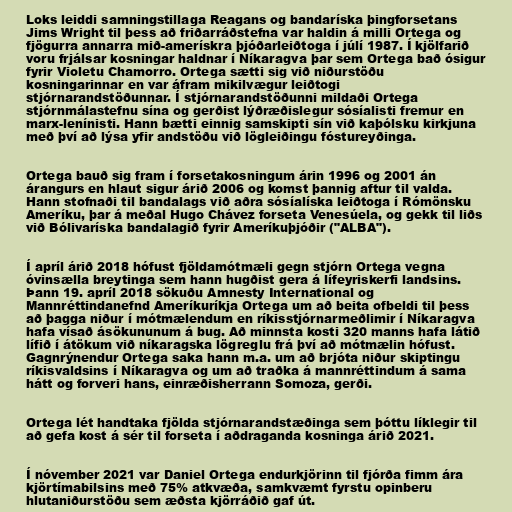
Loks leiddi samningstillaga Reagans og bandaríska þingforsetans
Jims Wright til þess að friðarráðstefna var haldin á milli Ortega og
fjögurra annarra mið-amerískra þjóðarleiðtoga í júlí 1987. Í kjölfarið
voru frjálsar kosningar haldnar í Níkaragva þar sem Ortega bað ósigur
fyrir Violetu Chamorro. Ortega sætti sig við niðurstöðu
kosningarinnar en var áfram mikilvægur leiðtogi
stjórnarandstöðunnar. Í stjórnarandstöðunni mildaði Ortega
stjórnmálastefnu sína og gerðist lýðræðislegur sósíalisti fremur en
marx-lenínisti. Hann bætti einnig samskipti sín við kaþólsku kirkjuna
með því að lýsa yfir andstöðu við lögleiðingu fóstureyðinga.

Ortega bauð sig fram í forsetakosningum árin 1996 og 2001 án
árangurs en hlaut sigur árið 2006 og komst þannig aftur til valda.
Hann stofnaði til bandalags við aðra sósíalíska leiðtoga í Rómönsku
Ameríku, þar á meðal Hugo Chávez forseta Venesúela, og gekk til liðs
við Bólivaríska bandalagið fyrir Ameríkuþjóðir ("ALBA").

Í apríl árið 2018 hófust fjöldamótmæli gegn stjórn Ortega vegna
óvinsælla breytinga sem hann hugðist gera á lífeyriskerfi landsins.
Þann 19. apríl 2018 sökuðu Amnesty International og
Mannréttindanefnd Ameríkuríkja Ortega um að beita ofbeldi til þess
að þagga niður í mótmælendum en ríkisstjórnarmeðlimir í Níkaragva
hafa vísað ásökununum á bug. Að minnsta kosti 320 manns hafa látið
lífið í átökum við níkaragska lögreglu frá því að mótmælin hófust.
Gagnrýnendur Ortega saka hann m.a. um að brjóta niður skiptingu
ríkisvaldsins í Níkaragva og um að traðka á mannréttindum á sama
hátt og forveri hans, einræðisherrann Somoza, gerði.

Ortega lét handtaka fjölda stjórnarandstæðinga sem þóttu líklegir til
að gefa kost á sér til forseta í aðdraganda kosninga árið 2021.

Í nóvember 2021 var Daniel Ortega endurkjörinn til fjórða fimm ára
kjörtímabilsins með 75% atkvæða, samkvæmt fyrstu opinberu
hlutaniðurstöðu sem æðsta kjörráðið gaf út.